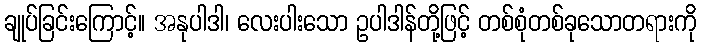
ချုပ်ခြင်းကြောင့်။ အနုပါဒါ၊ လေးပါးသော ဥပါဒါန်တို့ဖြင့် တစ်စုံတစ်ခုသောတရားကို